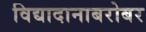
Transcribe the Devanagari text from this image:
विद्यादानाबरोबर